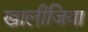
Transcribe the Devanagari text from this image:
खालीजिया